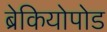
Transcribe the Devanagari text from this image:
ब्रेकियोपोड